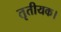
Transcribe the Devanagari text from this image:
तृतीयक।